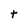
Character: t